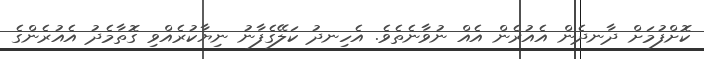
ކޮށްފުމަށް ދާނދެން އެއުރެން އެއް ނުވާނެތެވެ. އެހިނދު ކަލޭގެފާނު ނިޔާކުރެއްވި ގޮތާމެދު އެއުރެންގެ